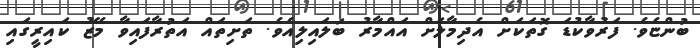
ބުންޏެވެ. ފަރުވާކުޑަ ގޮތަކަށް އެދިމާލަށް އައްމާރު ބަލައިލިއެވެ. ތަށިތައް އަތުރާފައިވާ މޭޒު ކައިރީގައި